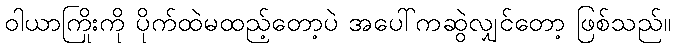
ဝါယာကြိုးကို ပိုက်ထဲမထည့်တော့ပဲ အပေါ်ကဆွဲလျှင်တော့ ဖြစ်သည်။